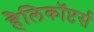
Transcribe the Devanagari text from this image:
हैलिकॉप्टर्स